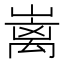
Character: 𡼁